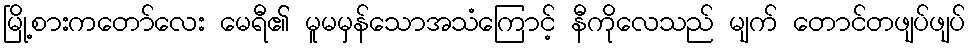
မြို့စားကတော်လေး မေရီ၏ မူမမှန်သောအသံကြောင့် နီကိုလေသည် မျက် တောင်တဖျပ်ဖျပ်